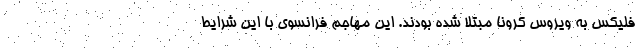
فلیکس به ویروس کرونا مبتلا شده بودند. این مهاجم فرانسوی با این شرایط